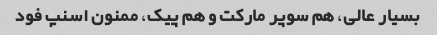
بسیار عالی، هم سوپر مارکت و هم پیک، ممنون اسنپ فود